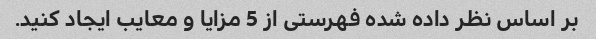
بر اساس نظر داده شده فهرستی از 5 مزایا و معایب ایجاد کنید.